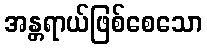
အန္တရာယ်ဖြစ်စေသော